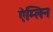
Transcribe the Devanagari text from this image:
ऐम्लिन